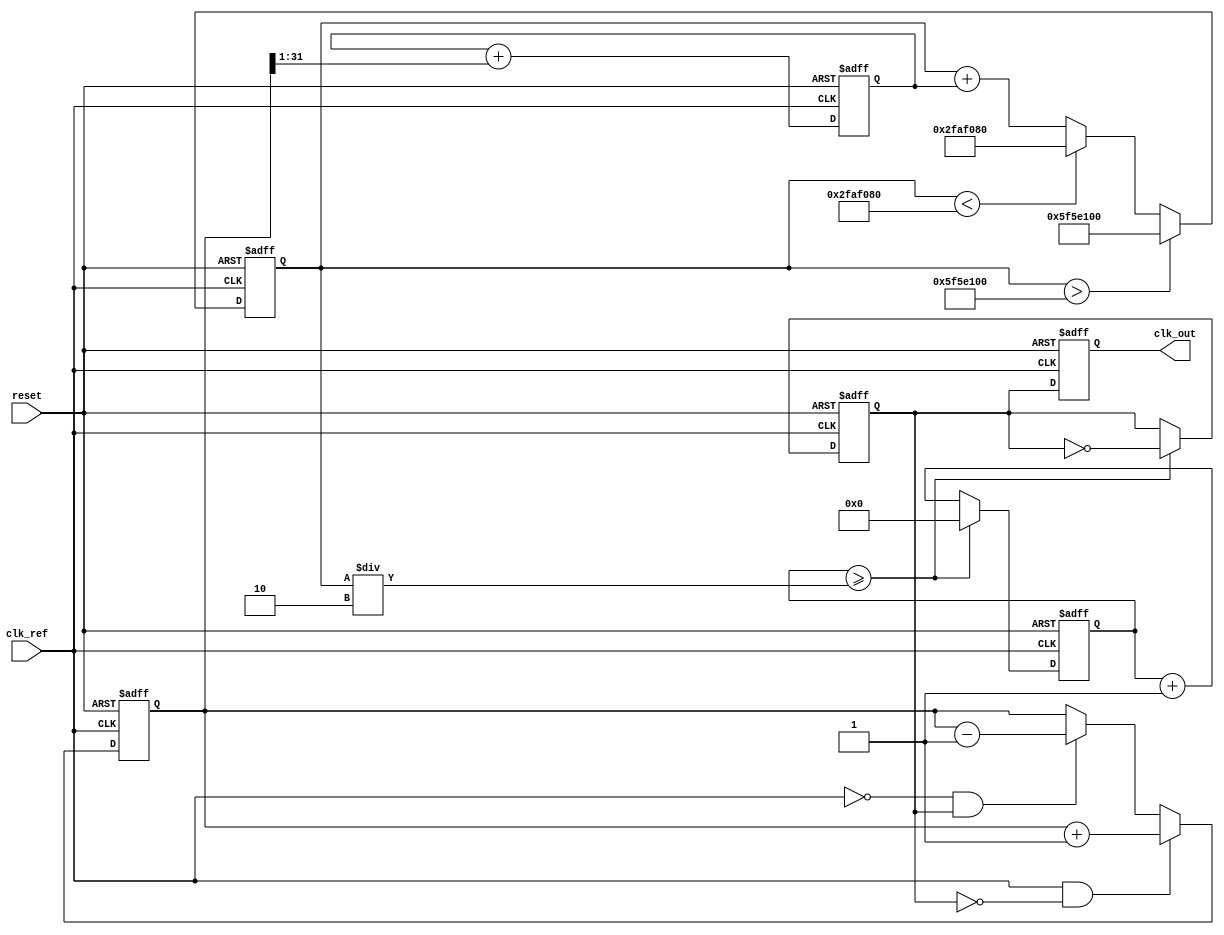
module parameterized_PLL #(
    parameter REF_FREQ = 50_000_000, // Reference frequency in Hz
    parameter MULT_FACTOR = 4,        // Multiplication factor
    parameter DIV_FACTOR = 2,         // Division factor
    parameter FILTER_TYPE = 1,        // 1: First-order, 2: Second-order
    parameter VCO_RANGE = 100_000_000 // VCO frequency range in Hz
)(
    input wire clk_ref,                // Reference clock input
    input wire reset,                  // Reset signal
    output reg clk_out                 // Output clock
);

    // Internal signals
    reg [31:0] vco_freq;               // VCO frequency
    reg [31:0] error_signal;           // Error signal from phase detector
    reg [31:0] control_voltage;        // Control voltage for VCO
    reg clk_feedback;                  // Feedback clock from divider
    reg [31:0] divider_count;          // Divider counter

    // Phase Detector (PD)
    always @(posedge clk_ref or posedge reset) begin
        if (reset) begin
            error_signal <= 0;
        end else begin
            // Simple PD: Compare reference clock with feedback clock
            if (clk_ref && !clk_feedback) begin
                error_signal <= error_signal + 1; // VCO needs to speed up
            end else if (!clk_ref && clk_feedback) begin
                error_signal <= error_signal - 1; // VCO needs to slow down
            end
        end
    end

    // Loop Filter (First-order)
    always @(posedge clk_ref or posedge reset) begin
        if (reset) begin
            control_voltage <= 0;
        end else begin
            if (FILTER_TYPE == 1) begin
                // First-order filter
                control_voltage <= control_voltage + (error_signal >> 1);
            end else if (FILTER_TYPE == 2) begin
                // Second-order filter (simple implementation)
                control_voltage <= control_voltage + (error_signal >> 1) + (control_voltage >> 2);
            end
        end
    end

    // Voltage-Controlled Oscillator (VCO)
    always @(posedge clk_ref or posedge reset) begin
        if (reset) begin
            vco_freq <= REF_FREQ * MULT_FACTOR; // Initialize VCO frequency
        end else begin
            // Adjust VCO frequency based on control voltage
            vco_freq <= vco_freq + control_voltage;
            // Ensure VCO frequency is within range
            if (vco_freq > VCO_RANGE) begin
                vco_freq <= VCO_RANGE;
            end else if (vco_freq < REF_FREQ) begin
                vco_freq <= REF_FREQ;
            end
        end
    end

    // Divider
    always @(posedge clk_ref or posedge reset) begin
        if (reset) begin
            divider_count <= 0;
            clk_feedback <= 0;
        end else begin
            if (divider_count >= (vco_freq / DIV_FACTOR)) begin
                clk_feedback <= ~clk_feedback; // Toggle feedback clock
                divider_count <= 0;
            end else begin
                divider_count <= divider_count + 1;
            end
        end
    end

    // Output Clock Generation
    always @(posedge clk_ref or posedge reset) begin
        if (reset) begin
            clk_out <= 0;
        end else begin
            clk_out <= clk_feedback; // Output clock is the feedback clock
        end
    end

endmodule